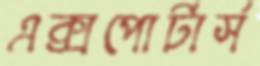
এক্সপোর্টার্স